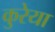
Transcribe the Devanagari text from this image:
कुरेया